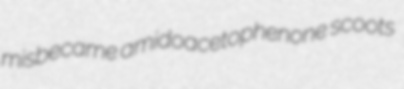
misbecame amidoacetophenone scoots